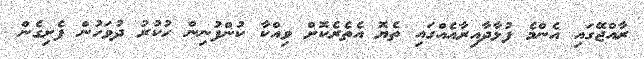
ރާއްޖޭގައި އެންމެ ފުޅާދާއިރާއެއްގައި ތެޔޮ އެތެރެކޮށް ވިއްކާ ކުންފުނިން ހުކުރު ދުވަހުން ފެށިގެން